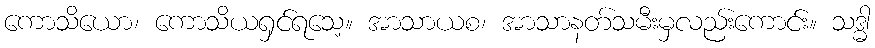
ကောသိယော၊ ကောသိယရှင်ရသေ့။ အာသာယစ၊ အာသာနတ်သမီးမှလည်းကောင်း။ သဒ္ဓါ